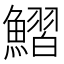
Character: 鰼